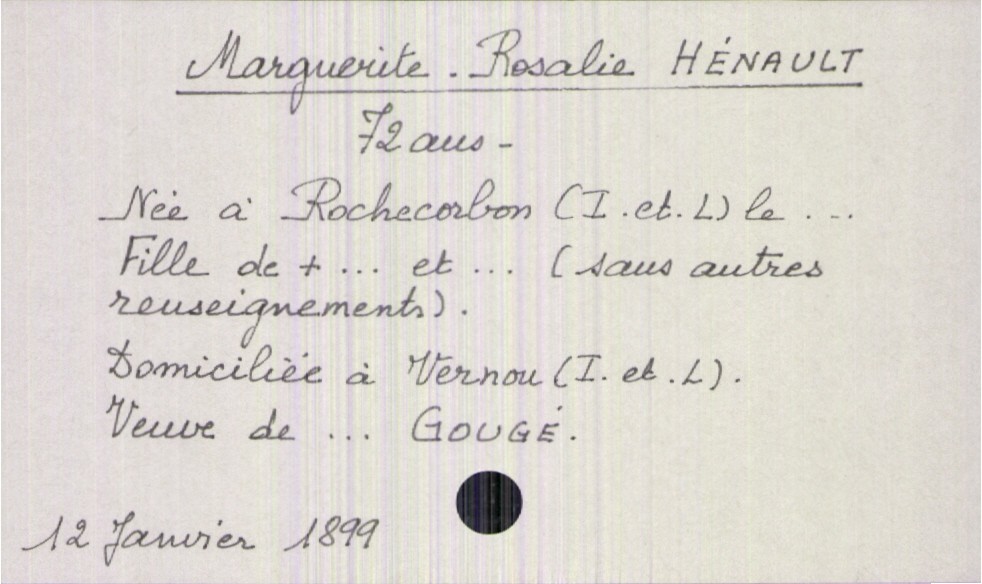
type_acte: Décès
année: 1899
mois: janvier
jour: 12
défunt_nom: Hénault
défunt_prénom: Marguerite Rosalie
défunt_sexe: F
défunt_âge: 72 ans
défunt_lieu_de_vie: Vernou (Indre-et-Loire)
défunt_lieu_de_naissance: Rochecorbon (Indre-et-Loire)
défunt_statut: veuf(ve)
père_défunt_statut: décédé